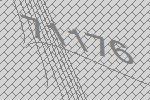
71176